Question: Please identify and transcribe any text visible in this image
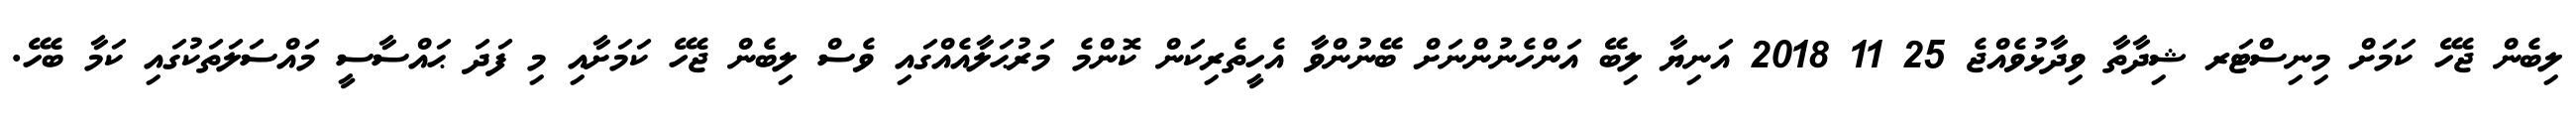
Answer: ލިބެން ޖެހޭ ކަމަށް މިނިސްޓަރ ޝިދާތާ ވިދާޅުވެއްޖެ 25 11 2018 އަނިޔާ ލިބޭ އަންހެނުންނަށް ބޭނުންވާ އެހީތެރިކަން ކޮންމެ މަރުޙަލާއެއްގައި ވެސް ލިބެން ޖެހޭ ކަމަށާއި މި ފަދަ ޙައްސާސީ މައްސަލަތަކުގައި ކަމާ ބެހޭ.